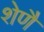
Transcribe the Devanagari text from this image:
शेणै